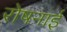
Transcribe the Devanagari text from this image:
रोषनाई